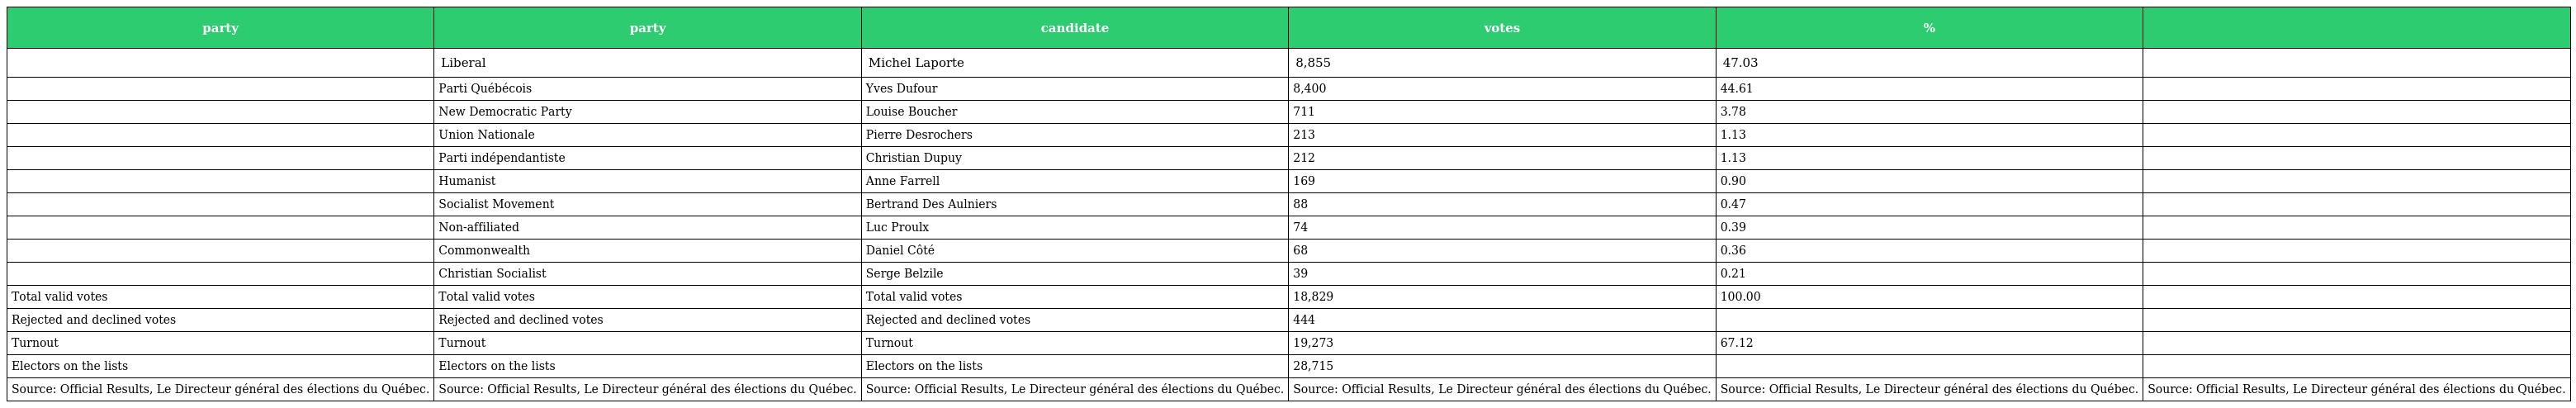
| party | party | candidate | votes | % |  |
 | --- | --- | --- | --- | --- | --- |
 |  | Liberal | Michel Laporte | 8,855 | 47.03 |  |
 |  | Parti Québécois | Yves Dufour | 8,400 | 44.61 |  |
 |  | New Democratic Party | Louise Boucher | 711 | 3.78 |  |
 |  | Union Nationale | Pierre Desrochers | 213 | 1.13 |  |
 |  | Parti indépendantiste | Christian Dupuy | 212 | 1.13 |  |
 |  | Humanist | Anne Farrell | 169 | 0.90 |  |
 |  | Socialist Movement | Bertrand Des Aulniers | 88 | 0.47 |  |
 |  | Non-affiliated | Luc Proulx | 74 | 0.39 |  |
 |  | Commonwealth | Daniel Côté | 68 | 0.36 |  |
 |  | Christian Socialist | Serge Belzile | 39 | 0.21 |  |
 | Total valid votes | Total valid votes | Total valid votes | 18,829 | 100.00 |  |
 | Rejected and declined votes | Rejected and declined votes | Rejected and declined votes | 444 |  |  |
 | Turnout | Turnout | Turnout | 19,273 | 67.12 |  |
 | Electors on the lists | Electors on the lists | Electors on the lists | 28,715 |  |  |
 | Source: Official Results, Le Directeur général des élections du Québec. | Source: Official Results, Le Directeur général des élections du Québec. | Source: Official Results, Le Directeur général des élections du Québec. | Source: Official Results, Le Directeur général des élections du Québec. | Source: Official Results, Le Directeur général des élections du Québec. | Source: Official Results, Le Directeur général des élections du Québec. |